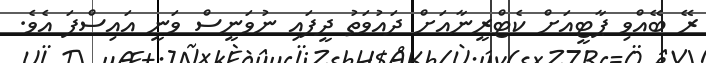
ރޭ ބޭއްވި ޕާޓީއަށް ކެޓްރީނާއަށް ދައުވަތު ދީފައި ނުވަނީސް ވަނީ އައިސްފަ އެވެ.